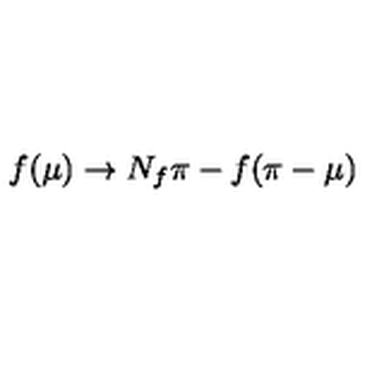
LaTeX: f ( \mu ) \to N _ { f } \pi - f ( \pi - \mu )